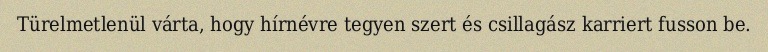
Türelmetlenül várta, hogy hírnévre tegyen szert és csillagász karriert fusson be.